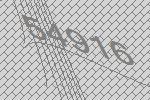
54916